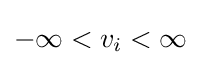
-\infty <v_{i}<\infty